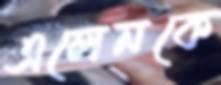
এলেনকে